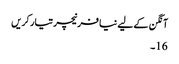
آنگن کے لیے نیا فرنیچر تیار کریں
16۔